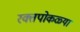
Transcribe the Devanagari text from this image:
रक्तपोकळ्या